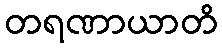
တရဏာယာတိ